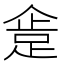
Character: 𰸍